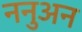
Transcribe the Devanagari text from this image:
ननुअन